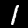
Label: 1